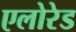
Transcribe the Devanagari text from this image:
एलोरेड